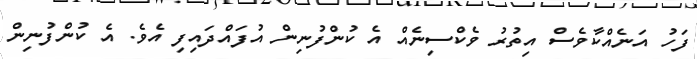
ފަހު އަނެއްކާވެސް އިތުރު ވެކްސިނެއް އެ ކުންފުނިން އުފައްދައިފި އެވެ. އެ ކުންފުނިން